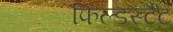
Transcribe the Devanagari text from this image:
फिल्डर्स्टैट